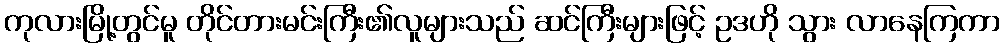
ကုလားမြို့တွင်မူ တိုင်တားမင်းကြီး၏လူများသည် ဆင်ကြီးများဖြင့် ဥဒဟို သွား လာနေကြကာ